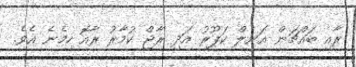
ރާއި ބައްޗަން އަނިލް ކަޕޫރު އަދި ރާޖް ކުމާރު ރާއޮ ހިމެނެ އެވެ.